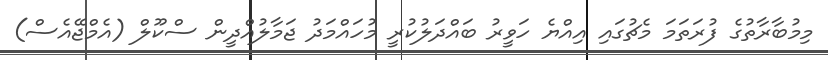
މިމުބާރާތުގެ ފުރަތަމަ މެޗުގައި އިއްޔެ ހަވީރު ބައްދަލުކުރީ މުހައްމަދު ޖަމާލުއްދީން ސްކޫލް (އެމްޖޭއެސް)